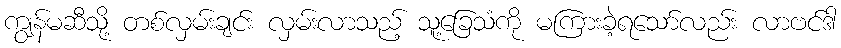
ကျွန်မဆီသို့ တစ်လှမ်းချင်း လှမ်းလာသည့် သူ့ခြေသံကို မကြားခဲ့ရသော်လည်း လာဗင်ဒါ